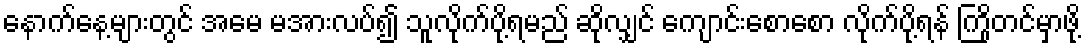
နောက်နေ့များတွင် အမေ မအားလပ်၍ သူလိုက်ပို့ရမည် ဆိုလျှင် ကျောင်းစောစော လိုက်ပို့ရန် ကြိုတင်မှာဖို့